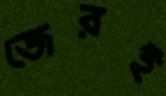
জেরই